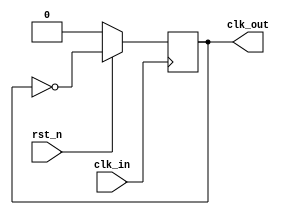
`timescale 1ns / 1ps

module Two_Div(
    input clk_in,
    input rst_n,
    output reg clk_out
    );

always @(posedge clk_in) begin
    if (!rst_n)
        clk_out <= 0;
    else
        clk_out <= ~clk_out;
end
endmodule

module Two_Exp_Div(
    input clk_in,
    input rst_n,
    output reg clk_out1,clk_out2,clk_out3,clk_out4
    );
 
    reg [3:0] counter ;
 
/*-------------------------------------------*/
always @(posedge clk_in or negedge rst_n)
    if (!rst_n)
        counter <= 0;
    else begin
        if (counter == 4'b1111)
            counter <= 4'b0000;
        else
            counter <= counter + 1'b1;
    end
 
/*-------------------------------------------*/
always @(posedge clk_in or negedge rst_n)
    if (!rst_n) begin
        clk_out1 <= 0;
        clk_out2 <= 0;
        clk_out3 <= 0;
        clk_out4 <= 0;
    end
    else begin
        clk_out1 <= counter[0];    // 2
        clk_out2 <= counter[1];    // 4
        clk_out3 <= counter[2];    // 8
        clk_out4 <= counter[3];    // 16
    end
endmodule

module Even_Div(
    input      clk_in,
    input      rst_n,
    output reg clk_out
    );

reg [2:0] cnt; // log2(6) = 2.5850 <= 3;6 101214 ...

always @(posedge clk_in or negedge rst_n) begin
    if (!rst_n)
        cnt <= 0;
    else begin
        if (cnt == 5) // 6 bits : 0 - 5;;
            cnt <= 0;
        else
            cnt <= cnt + 1'b1;
    end
end

always @(posedge clk_in, negedge rst_n) begin
    if (!rst_n)
        clk_out <= 0;
    else begin
        if (cnt <= 2) // 3 bits : 0 - 2;;
            clk_out <= 1;
        else
            clk_out <= 0;
    end
end
endmodule

module Odd_Div(
    input  clk_in,
    input  rst_n,
    output clk_out
    );

parameter N = 3;

reg clk_n;
reg clk_p;
reg [3:0] cnt_p;
reg [3:0] cnt_n;

always @(posedge clk_in or negedge rst_n) begin
    if (!rst_n) begin
        clk_p <= 1'b0;
        cnt_p <= 4'b0;
    end
    else begin
        if (cnt_p == N-1) begin
            clk_p <= ~clk_p;
            cnt_p <= 4'b0;
        end
        else if (cnt_p == (N-1)/2) begin
            clk_p <= ~clk_p;
            cnt_p <= cnt_p + 1;
        end
        else begin
            cnt_p <= cnt_p + 1;
            clk_p <= clk_p;
        end
    end
end

always @(negedge clk_in or negedge rst_n) begin
    if (!rst_n) begin
        clk_n <= 1'b0;
        cnt_n <= 4'b0;
    end
    else begin
        if (cnt_n == N-1) begin
            clk_n <= ~clk_n;
            cnt_n <= 4'b0;
        end
        else if (cnt_n == (N-1)/2) begin
            clk_n <= ~clk_n;
            cnt_n <= cnt_n + 1;
        end
        else begin
            cnt_n <= cnt_n + 1;
            clk_n <= clk_n;
        end
    end
end

assign clk_out = clk_n | clk_p;
endmodule

// 31/32/3
module Three_Div(
    input  clk_in,
    input  rst_n,
    output clk_out
    );

reg [1:0] cnt_p; // log2(3) = 1.5850 <= 2

always @(posedge clk_in or negedge rst_n) begin
    if (!rst_n)
        cnt_p <= 0;
    else begin
        if (cnt_p == 2)
            cnt_p <= 0;
        else
            cnt_p <= cnt_p + 1'b1;
    end
end

reg [1:0] cnt_n; // log2(3) = 1.5850 <= 2

always @(negedge clk_in or negedge rst_n) begin // negedge clk
    if (!rst_n)
        cnt_n <= 0;
    else begin
        if (cnt_n == 2)
            cnt_n <= 0;
        else
            cnt_n <= cnt_n + 1'b1;
    end
end

reg clk_out_p; // 

always @(posedge clk_in or negedge rst_n) begin
    if (!rst_n)
        clk_out_p <= 0;
    else begin
        if (cnt_p <= 1)
            clk_out_p <= 1;
        else
            clk_out_p <= 0;
    end
end

reg clk_out_n; // 

always @(negedge clk_in or negedge rst_n) begin
    if (!rst_n)
        clk_out_n <= 0;
    else begin
        if (cnt_n <= 1)
            clk_out_n <= 1;
        else
            clk_out_n <= 0;
    end
end

assign clk_out = clk_out_n & clk_out_p;
endmodule